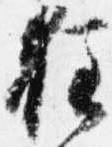
狂